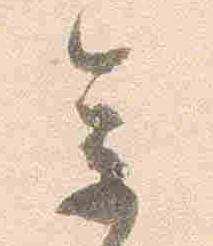
参